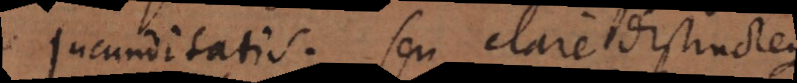
jucunditatis, seu clare distincteque